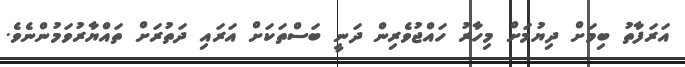
އަރަފާތު ބިމަށް ދިޔުމަށް މިހާރު ހައްޖުވެރިން ދަނީ ބަސްތަކަށް އަރައި ދަތުރަށް ތައްޔާރުވަމުންނެވެ.